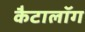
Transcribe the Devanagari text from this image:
कैटालॉग